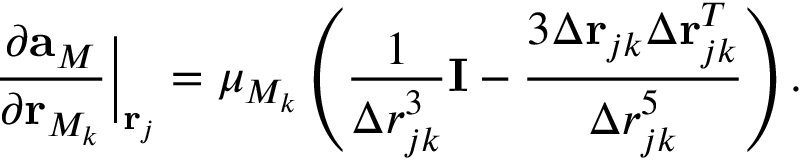
\frac { \partial { \mathbf { a } _ { M } } } { \partial \mathbf { r } _ { M _ { k } } } \biggr \rvert _ { \mathbf { r } _ { j } } = \mu _ { M _ { k } } \left( \frac { 1 } { \Delta r _ { j k } ^ { 3 } } \mathbf { I } - \frac { 3 \Delta \mathbf { r } _ { j k } \Delta \mathbf { r } _ { j k } ^ { T } } { \Delta r _ { j k } ^ { 5 } } \right) .